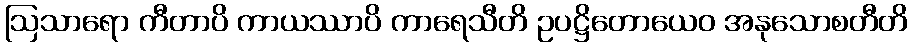
ဩသာရော ကီတာပိ ကာယဿာပိ ကာရေသီတိ ဥပဋ္ဌိတောယေဝ အနုသောစတီတိ